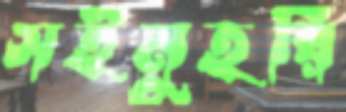
সইমুহরি